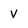
Character: V